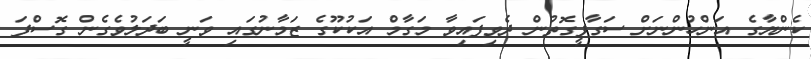
ކެންޔާގެ އަންހުންނަށް ސަގާފީގޮތުން ދެވިފައިވާ މަގާމް އަކުކޫގެ ޒަމާނުގައި ވަނީ ބަދަލުވެގެން ގޮސްފަ